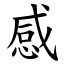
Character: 感